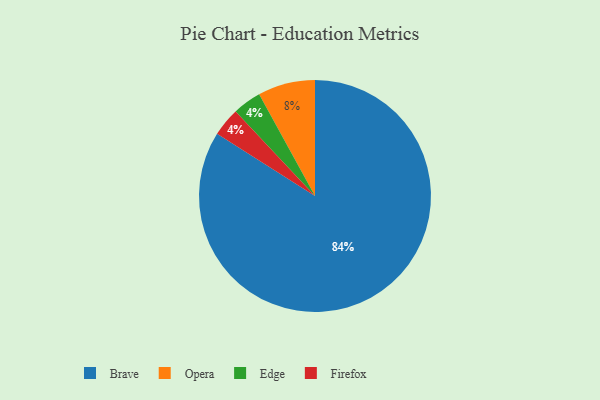
{"axis": {"x": "Category", "y": "Percentage"}, "legend": ["Brave", "Edge", "Firefox", "Opera"], "data": [{"x": "Edge", "y": 4, "type": "Edge"}, {"x": "Brave", "y": 84, "type": "Brave"}, {"x": "Firefox", "y": 4, "type": "Firefox"}, {"x": "Opera", "y": 8, "type": "Opera"}]}